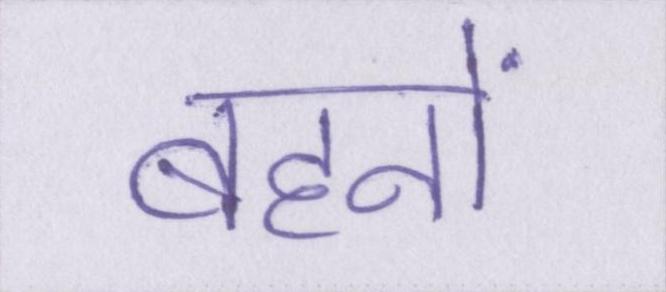
बहनों